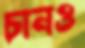
চানও